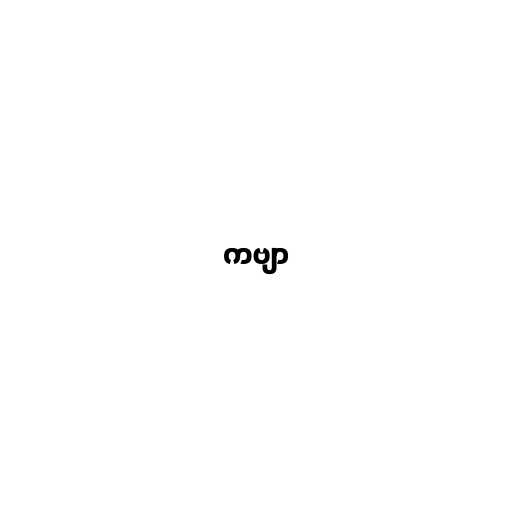
ကဗျာ